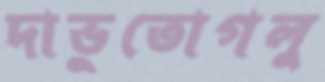
দাভুতোগলু